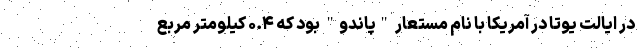
در ایالت یوتا در آمریکا با نام مستعار "پاندو" بود که ۰.۴ کیلومتر مربع